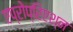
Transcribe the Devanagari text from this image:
एप्रोप्रिएश्न